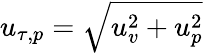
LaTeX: u_{\tau,p}=\sqrt{u_{v}^{2}+u_{p}^{2}}